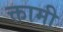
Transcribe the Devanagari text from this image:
क्तामी